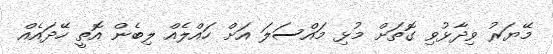
މޭޔަރު ވިދާޅުވި ގޮތަށް މުޅި މައްސަލަ އަށް ހައްލެއް ލިބެން އޮތީ ހޭދައެއް